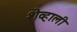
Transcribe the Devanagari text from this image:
शेव्हाली